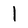
Character: 1